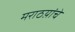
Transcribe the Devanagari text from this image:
मराठय़ांचे